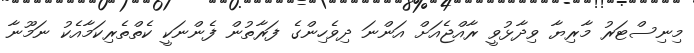
މިނިސްޓަރު މާރިޔާ ވިދާޅުވީ ރާއްޖެއަށް އަންނަ ދިވެހިންގެ ފަރާތުން ފެންނަކީ ކެތްތެރިކަމާއެކު ނަމޫނާ